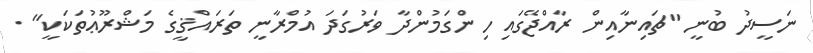
ނަސީދު ބުނީ "ޗައިނާއިން ރާއްޖޭގައި ހިންގަމުންދާ ވަރުގަދަ އުމްރާނީ ތަރައްޤީގެ މަޝްރޫޢުތަކަކީ" .